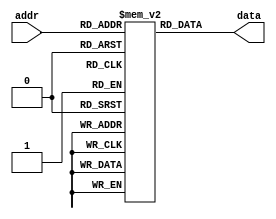
module parameterized_rom #(
    parameter ADDR_WIDTH = 8, // Number of address bits
    parameter DATA_WIDTH = 16 // Width of each data word
)(
    input  wire [ADDR_WIDTH-1:0] addr, // Address input
    output reg  [DATA_WIDTH-1:0] data  // Data output
);

// Calculate the number of entries in the ROM
localparam NUM_ENTRIES = 1 << ADDR_WIDTH;

// Declare the ROM memory array
reg [DATA_WIDTH-1:0] rom [0:NUM_ENTRIES-1];

// Initialize the ROM contents
initial begin
    // Example initialization (You can replace this with your own values)
    // This should be filled with the actual data you want in the ROM
    rom[0] = 16'h0000;
    rom[1] = 16'h0001;
    rom[2] = 16'h0002;
    rom[3] = 16'h0003;
    // Add more initialization as needed...
    // You can also load from a file if required
    // $readmemh("rom_data.hex", rom); // Uncomment to load from a hex file
end

// Read operation (Asynchronous)
always @(*) begin
    data = rom[addr]; // Output the data corresponding to the address
end

endmodule